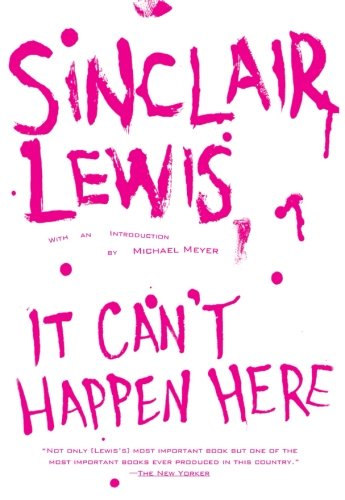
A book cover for It Can't Happen Here; Sinclair Lewis; Literature & Fiction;